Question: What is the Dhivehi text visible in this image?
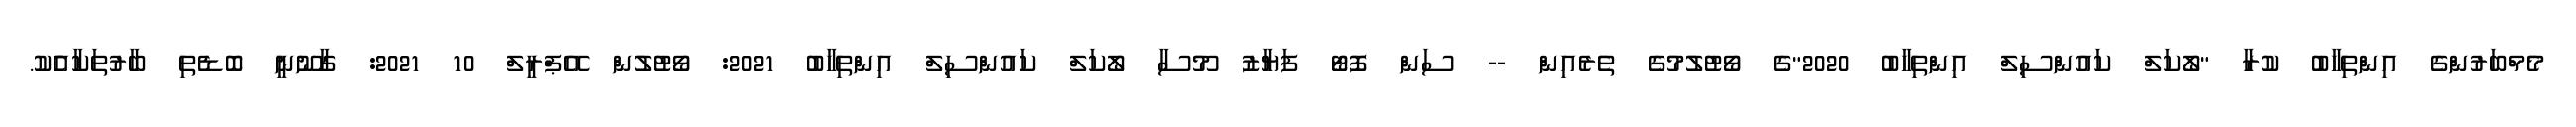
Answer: މެމްބަރުންގެ އިންތިހާބު ކުރާ "ލޯކަލް ކައުންސިލް އިންތިހާބު 2020"ގެ ވޯޓުލުމުގެ ތެރެއިން -- ސަން ފޮޓޯ ފަޔާޒު މޫސާ ލޯކަލް ކައުންސިލް އިންތިހާބު 2021: ވޯޓުލުން އޭޕްރީލް 10 2021: ގާނޫނީ ބޮޑެތި ބާރުތަކާއެެކު.